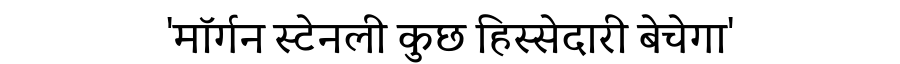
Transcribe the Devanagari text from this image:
'मॉर्गन स्टेनली कुछ हिस्सेदारी बेचेगा'